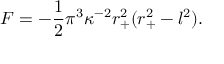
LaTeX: F = - \frac { 1 } { 2 } \pi ^ { 3 } \kappa ^ { - 2 } r _ { + } ^ { 2 } ( r _ { + } ^ { 2 } - l ^ { 2 } ) .